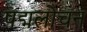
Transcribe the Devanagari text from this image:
पद्मलोचन